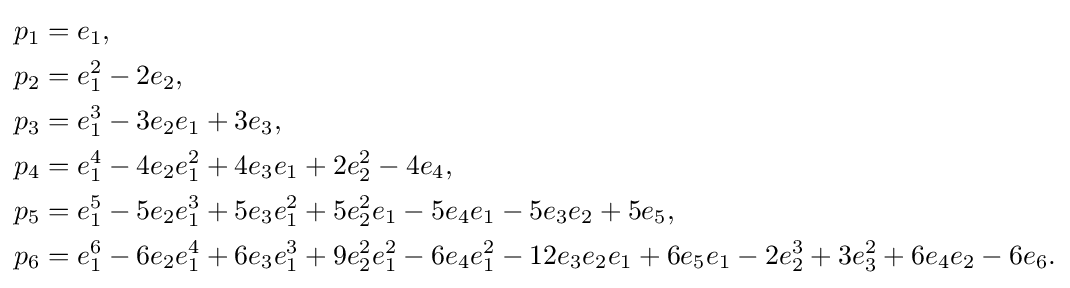
{\begin{aligned}p_{1}&=e_{1},\\p_{2}&=e_{1}^{2}-2e_{2},\\p_{3}&=e_{1}^{3}-3e_{2}e_{1}+3e_{3},\\p_{4}&=e_{1}^{4}-4e_{2}e_{1}^{2}+4e_{3}e_{1}+2e_{2}^{2}-4e_{4},\\p_{5}&=e_{1}^{5}-5e_{2}e_{1}^{3}+5e_{3}e_{1}^{2}+5e_{2}^{2}e_{1}-5e_{4}e_{1}-5e_{3}e_{2}+5e_{5},\\p_{6}&=e_{1}^{6}-6e_{2}e_{1}^{4}+6e_{3}e_{1}^{3}+9e_{2}^{2}e_{1}^{2}-6e_{4}e_{1}^{2}-12e_{3}e_{2}e_{1}+6e_{5}e_{1}-2e_{2}^{3}+3e_{3}^{2}+6e_{4}e_{2}-6e_{6}.\end{aligned}}